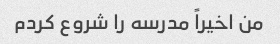
من اخیراً مدرسه را شروع کردم